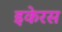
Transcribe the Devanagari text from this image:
इकेरस